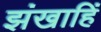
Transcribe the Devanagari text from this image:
झंखाहिं